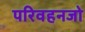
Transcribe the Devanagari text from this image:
परिवहनजो